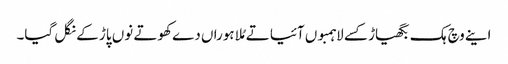
اینے وچ ہک بگھیاڑ کسے لاہمبوں آئیا تے مُلا ہوراں دے کھوتے نوں پاڑ کے نگل گیا۔